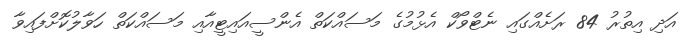
އަދި އިތުރު 84 ރަށެއްގައި ނެޓްވޯކް އެޅުމުގެ މަސައްކަތް އެންސީއައިޓީއާއި މަސައްކަތް ހަވާލުކޮށްފައިވާ